Report on vaccination in Madras 1904-1921 - 1904-1921
Year: 1904
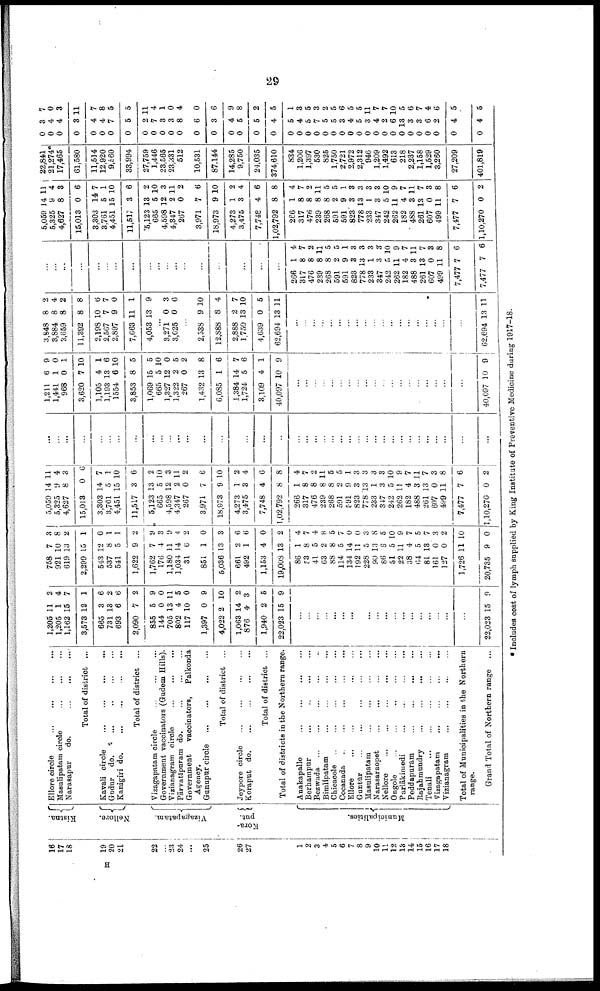
29
16
17
18
19
20
21
22
...
23
24
...
25
26
27
1
2
3
4
5
6
7
8
9
10
11
12
13
14
15
16
17
18
Kistna.
Nellore.
Vizagapatam.
Kora-
put.
Municipalities.
Ellore
circle
...
...
...
...
Masulipatam
circle
...
...
...
Narasapur
do.
...
...
...
Total of district ...
Kavali circle ... ... ... ...
Gudur
do. ... ... ... ...
Kanigiri do.
...
...
...
...
Total of district ...
Vizagapatam
circle
...
...
...
Government vaccinators (Gudem Hills).
Vizianagram
circle
...
...
...
Pārvatipuram do.
...
...
...
Government
vaccinators,
Palkonda
Agency.
Gunupur circle
...
...
...
...
Total of district ...
Jeypore circle
...
...
...
...
Koraput do.
...
...
...
...
Total of district ...
Total of districts in the Northern range.
Anakapalle
...
...
...
...
Berhampur
...
...
...
...
Bezwada ...
...
...
...
...
Bimlipatam
...
...
...
...
Chicacole
...
...
...
...
...
Cocanada
...
...
...
...
...
Ellore
...
...
...
...
Guntūr
...
...
...
...
...
Masulipatam
...
...
...
...
Narasaraopet
...
...
...
...
Nellore
...
...
...
...
...
Ongole
...
...
...
...
...
Parlākimedi
...
...
...
...
Peddapuram
...
...
...
...
Rajahmundry
...
...
...
...
Tenali
...
...
...
...
...
Vizagapatam
...
...
...
...
Vizianagram
...
...
...
...
Total of Municipalities in the Northern
range.
Grand Total of Northern range ...
1,205
1,205
1,162
3,573
665
731
693
2,090
855
144
705
802
117
1,397
4,022
1,063
876
1,940
22,023
11
1
15
12
3
13
6
7
5
0
13
4
10
0
2
14
4
2
15
2
4
7
1
6
2
6
2
9
0
11
5
0
9
10
2
3
5
9
...
...
...
...
...
...
...
...
...
...
...
...
...
...
...
...
...
...
...
22,023 15 9
758
921
619
2,299
543
537
541
1,622
1,762
176
1,180
1,034
31
851
5,036
661
492
1,153
19,008
86
53
41
63
88
114
134
192
228
90
86
51
22
38
64
81
161
127
1,726
20,735
7
10
13
15
12
8
5
9
7
4
11
14
6
1
13
2
1
4
13
1
8
5
2
8
5
14
11
5
13
6
5
11
4
5
13
0
0
11
9
3
8
2
1
0
1
1
2
9
3
9
4
2
0
3
6
6
0
2
4
7
4
8
5
7
0
0
3
8
5
10
9
7
5
7
3
2
10
0
5,059
5,325
4,627
15,013
3,303
3,761
4,451
11,517
5,123
665
4,598
4,347
267
3,971
18,973
4,273
3,475
7,748
1,02,792
266
317
476
239
268
591
591
823
778
233
347
242
262
182
488
261
607
499
7,477
1,10,270
14
9
8
0
14
5
15
3
13
5
12
2
0
7
9
1
3
4
8
1
8
8
8
8
2
9
3
13
1
3
5
11
4
3
13
0
11
7
0
11
4
3
6
7
1
10
6
2
10
3
11
2
6
10
2
4
6
8
4
7
2
11
5
5
1
3
3
3
3
10
9
7
11
7
3
8
6
2
...
...
...
...
...
...
...
...
...
...
...
...
...
...
...
...
...
...
...
...
...
...
...
...
...
...
...
...
...
...
...
...
...
...
...
...
...
...
...
1,211
1,441
968
3,620
1,105
1,193
1554
3,853
1,069
665
1,327
1,322
267
1,432
6,085
1,384
1,724
3,109
40,097
6
1
0
7
4
13
6
8
15
5
12
2
0
13
1
14
5
4
10
9
0
1
10
1
6
10
5
5
10
0
5
2
8
6
7
6
1
9
...
...
...
...
...
...
...
...
...
...
...
...
...
...
...
...
...
...
...
40,097 10 9
3,848
3,884
3,659
11,392
2,198
2,567
2,897
7,663
4,053
8
8
8
8
10
7
9
11
13
2
4
2
8
6
7
0
1
9
...
3,271
3,025
0
0
3
6
...
2,538
12,888
2,888
1,750
4,639
62,694
9
8
2
13
0
13
10
4
7
10
5
11
...
...
...
...
...
...
...
...
...
...
...
...
...
...
...
...
...
...
...
62,694 13 11
...
...
...
...
...
...
...
...
...
...
...
...
...
...
...
...
...
...
...
266
317
476
239
268
591
591
823
778
233
347
242
262
182
488
261
607
499
7,477
7,477
1
8
8
8
8
2
9
3
13
1
3
5
11
4
3
13
0
11
7
7
4
7
2
11
5
5
1
3
3
3
3
10
9
7
11
7
3
8
6
6
5,059
5,325
4,627
15,013
3,303
3,761
4,451
11,517
5,123
665
4,598
4,347
267
3,971
18,973
4,273
3,475
7,748
1,02,792
266
317
476
239
268
591
591
823
778
233
347
242
262
182
488
261
607
499
7,477
1,10,270
14
9
8
0
14
5
15
3
13
5
12
2
0
7
9
1
3
4
8
1
8
8
8
8
2
9
3
13
1
3
5
11
4
3
13
0
11
7
0
11
4
3
6
7
1
10
6
2
10
3
11
2
6
10
2
4
6
8
4
7
2
11
5
5
1
3
3
3
3
10
9
7
11
7
3
8
6
2
22,841
21,274
17,465
61,580
11,514
12,920
9,560
33,994
27,759
1,446
23,565
23,331
512
10,531
87,144
14,285
9,750
24,035
374,610
834
1,206
1,397
530
825
1,750
2,721
2,972
2,312
946
1,209
1,492
613
218
2,237
1,158
1,529
3,260
27,209
401,819
0
0
0
0
0
0
0
0
0
0
0
0
0
0
0
0
0
0
0
0
0
0
0
0
0
0
0
0
0
0
0
0
0
0
0
0
0
0
0
3
4
4
3
4
4
7
5
2
7
3
3
8
6
3
4
5
5
4
5
4
5
7
5
5
3
4
5
3
4
2
6
13
3
3
6
2
4
4
7
0
3
11
7
8
5
5
11
4
1
0
4
0
6
9
8
2
5
1
3
5
3
2
5
6
5
5
11
7
7
10
5
6
7
4
6
5
5
* Includes cost of lymph supplied by King Institute of Preventive Medicine during 1917-18.
H